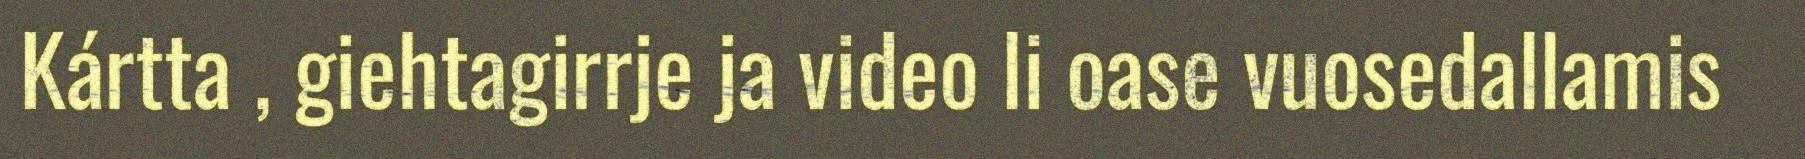
Kártta , giehtagirrje ja video li oase vuosedallamis